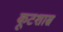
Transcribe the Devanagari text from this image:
कूटशास्र